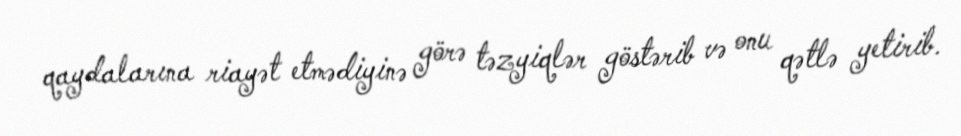
qaydalarına riayət etmədiyinə görə təzyiqlər göstərib və onu qətlə yetirib.